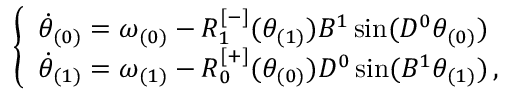
\begin{array} { r } { \left\{ \begin{array} { l l } { \Dot { \theta } _ { ( 0 ) } = \omega _ { ( 0 ) } - R _ { 1 } ^ { [ - ] } ( \theta _ { ( 1 ) } ) B ^ { 1 } \sin ( D ^ { 0 } \theta _ { ( 0 ) } ) } \\ { \Dot { \theta } _ { ( 1 ) } = \omega _ { ( 1 ) } - R _ { 0 } ^ { [ + ] } ( \theta _ { ( 0 ) } ) D ^ { 0 } \sin ( B ^ { 1 } \theta _ { ( 1 ) } ) \, , } \end{array} \right. } \end{array}